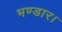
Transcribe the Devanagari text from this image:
भण्डार।